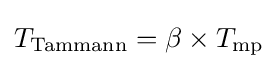
T_{\mathrm {Tammann} }=\beta \times T_{\mathrm {mp} }